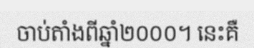
ចាប់តាំងពីឆ្នាំ២០០០។ នេះគឺ